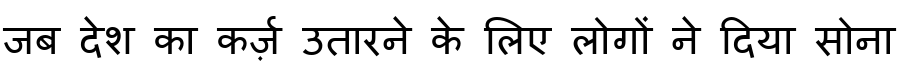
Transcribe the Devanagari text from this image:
जब देश का कर्ज़ उतारने के लिए लोगों ने दिया सोना